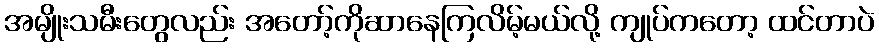
အမျိုးသမီးတွေလည်း အတော့်ကိုဆာနေကြလိမ့်မယ်လို့ ကျုပ်ကတော့ ထင်တာပဲ